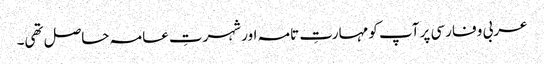
عربی و فارسی پر آپ کو مہارتِ تامہ اور شہرتِ عامہ حاصل تھی۔